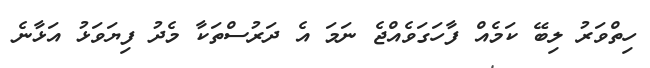
ހިތްވަރު ލިބޭ ކަމެއް ފާހަގަވެއްޖެ ނަމަ އެ ދަރުސްތަކާ މެދު ފިޔަވަޅު އަޅާނެ